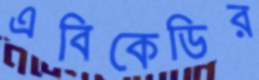
এবিকেডির